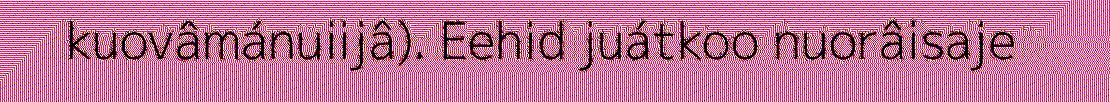
kuovâmánuiijâ). Eehid juátkoo nuorâisaje